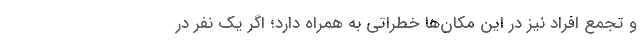
و تجمع افراد نیز در این مکان‌ها خطراتی به همراه دارد؛ اگر یک نفر در